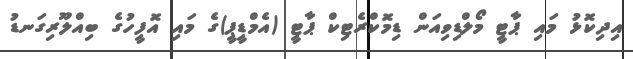
އިދިކޮޅު މައި ޕާޓީ މޯލްޑިވިއަން ޑިމޮކްރެޓިކް ޕާޓީ (އެމްޑީޕީ)ގެ މައި އޮފީހުގެ ބިއްލޫރިގަނޑު